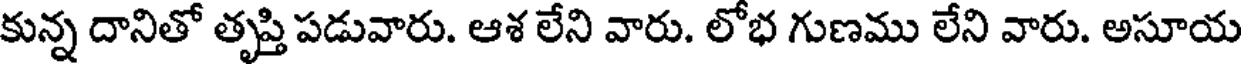
కున్న దానితో తృప్తి పడువారు. ఆశ లేని వారు. లోభ గుణము లేని వారు. అసూయ